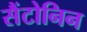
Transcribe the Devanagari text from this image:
सैंटोनिन